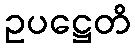
ဥပဋ္ဌေတိ